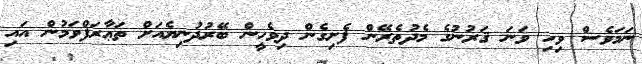
ނަމަވެސް ވިހި ވަނަ ޤަރުނުގެ މެދުތެރޭން ފެށިގެން ދިވެހީން ބޭރުދުނިޔެއަށް ތަޢާރަފްވަމުން އައި